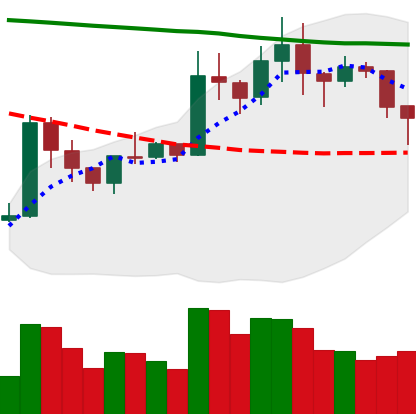
Ticker: XRP-USD
Chart end date: 2020-01-24
Forward return: 5.689%
Label: up_5_7